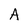
Character: A